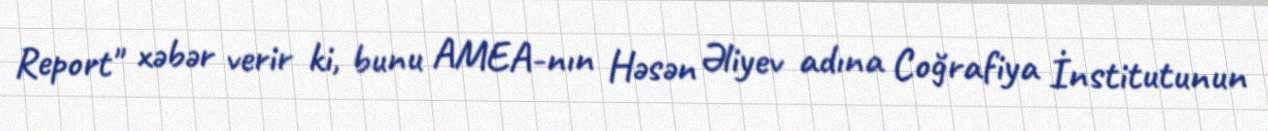
Report" xəbər verir ki, bunu AMEA-nın Həsən Əliyev adına Coğrafiya İnstitutunun